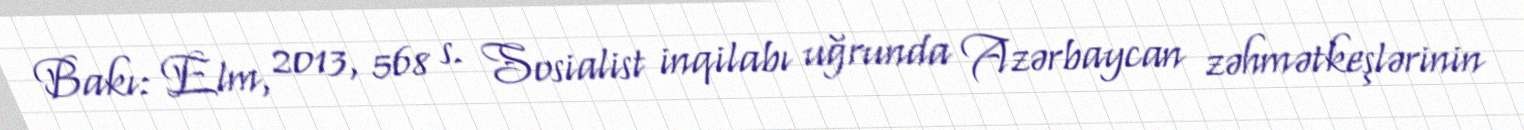
Bakı: Elm, 2013, 568 s. Sosialist inqilabı uğrunda Azərbaycan zəhmətkeşlərinin